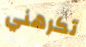
تكرهني